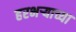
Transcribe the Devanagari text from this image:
हरभर्‍याच्या